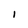
Character: l